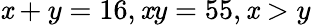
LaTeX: \mathit{x}+y=16,\mathit{x}y=55,\mathit{x}>y